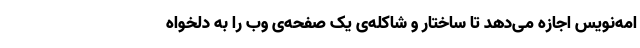
امه‌نویس اجازه می‌دهد تا ساختار و شاکله‌ی یک صفحه‌ی وب را به دلخواه